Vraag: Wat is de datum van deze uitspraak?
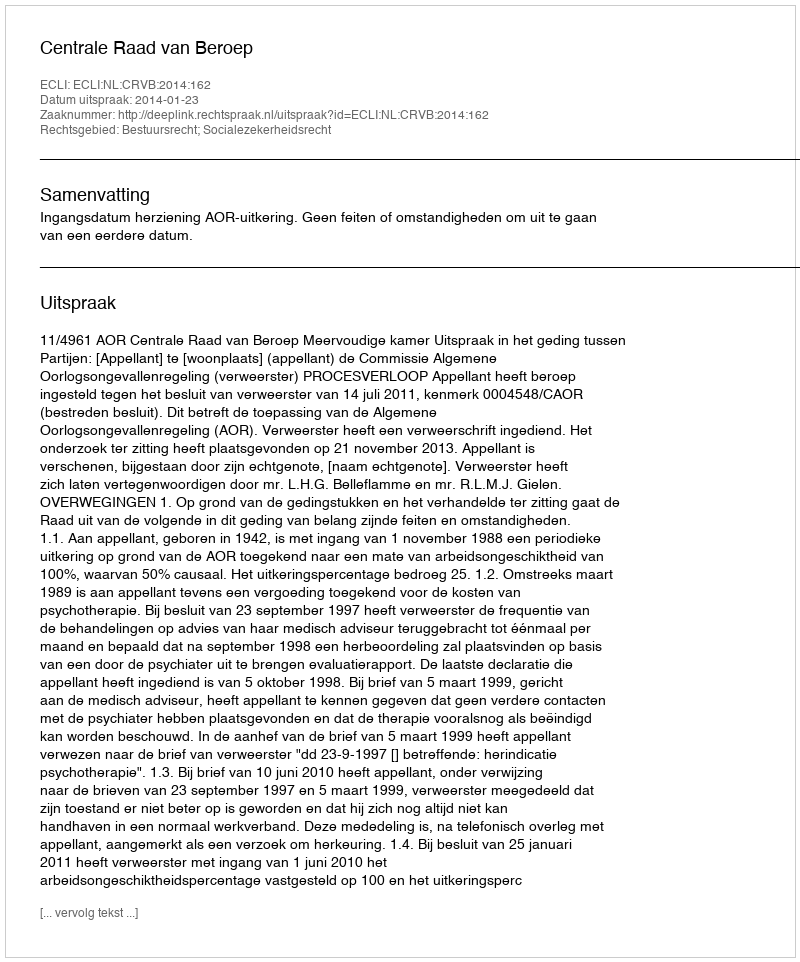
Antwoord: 2014-01-23